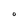
Character: O